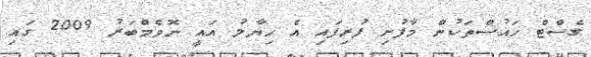
ގެސްޓް ހައުސްތަކުން މާފުށި ފުރިފައި އެ ހިޔާލު އައީ ނޮވެމްބަރު 2009 ގައި